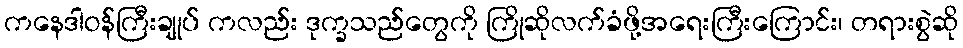
ကနေဒါဝန်ကြီးချုပ် ကလည်း ဒုက္ခသည်တွေကို ကြိုဆိုလက်ခံဖို့အရေးကြီးကြောင်း၊ တရားစွဲဆို